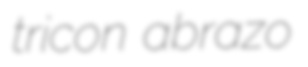
tricon abrazo